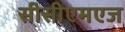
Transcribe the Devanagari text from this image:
सीसीएमएज